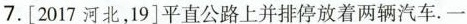
7.[2017河北，19]平直公路上并排停放着两辆汽车。一